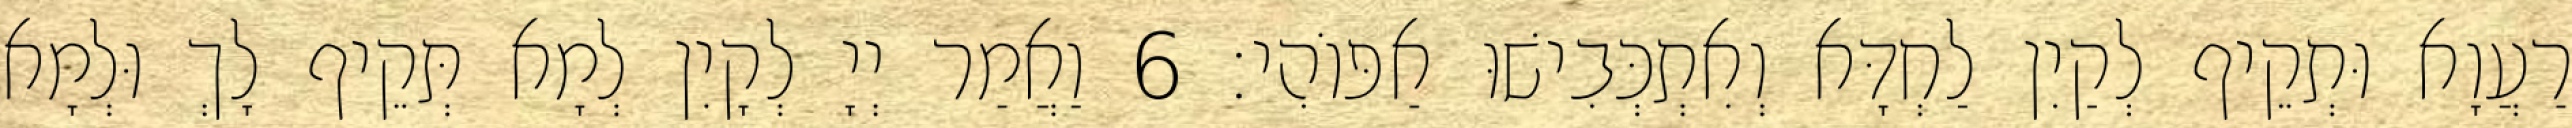
רַעֲוָא וּתְקֵיף לְקַיִן לַחְדָּא וְאִתְכְּבִישׁוּ אַפּוֹהִי׃ 6 וַאֲמַר יְיָ לְקָיִן לְמָא תְּקֵיף לָךְ וּלְמָא